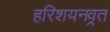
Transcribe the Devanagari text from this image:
हरिशयनव्रत